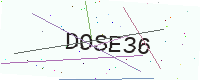
Text: DOSE36